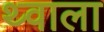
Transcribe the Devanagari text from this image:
थ्वाला